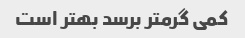
کمی گرمتر برسد بهتر است